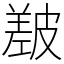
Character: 㿷